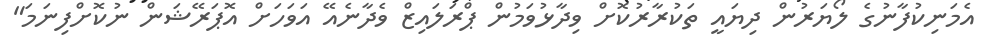
އެމަނިކުފާނުގެ ލޯޔަރުން ދިޔައީ ތަކުރާރުކޮށް ވިދާޅުވަމުން ޕްރަލައިޒް ވެދާނެއޭ އަވަހަށް އޮޕަރޭޝަން ނުކޮށްފިނަމަ"